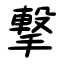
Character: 撃